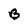
Character: B